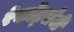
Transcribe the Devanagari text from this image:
रेकॉर्ड्सची